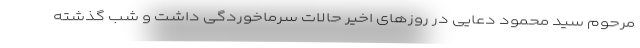
مرحوم سید محمود دعایی در روزهای اخیر حالات سرماخوردگی داشت و شب گذشته